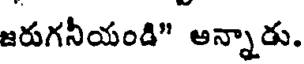
జరుగనీయండి" అన్నారు.